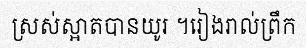
ស្រស់ស្អាតបានយូរ ។រៀងរាល់ព្រឹក